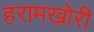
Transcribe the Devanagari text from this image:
हरामख़ोरी